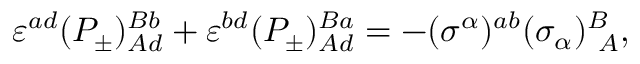
\varepsilon ^ { a d } ( P _ { \pm } ) _ { A d } ^ { B b } + \varepsilon ^ { b d } ( P _ { \pm } ) _ { A d } ^ { B a } = - ( \sigma ^ { \alpha } ) ^ { a b } ( \sigma _ { \alpha } ) _ { ~ A } ^ { B } , \,